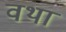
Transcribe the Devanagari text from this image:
वथा